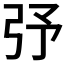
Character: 𢎻